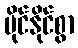
ပိုင်နိုင်စွာ